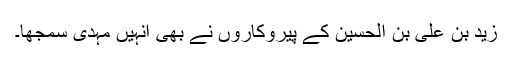
زید بن علی بن الحسین کے پیروکاروں نے بھی انہیں مہدی سمجھا۔